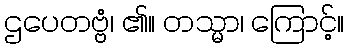
ဌပေတဗ္ဗံ၊ ၏။ တသ္မာ၊ ကြောင့်။